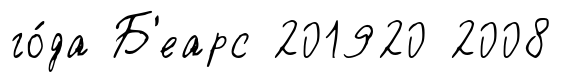
го́да Б'еарс 201920 2008